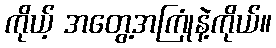
ကိုယ့် အတွေ့အကြုံနဲ့ကိုယ်။